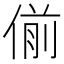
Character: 偂